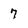
Character: 7